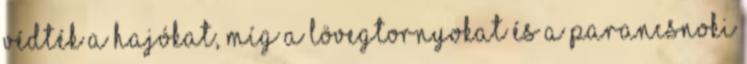
védték a hajókat, míg a lövegtornyokat és a parancsnoki